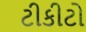
ટીકીટો